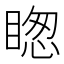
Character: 𥈝